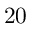
2 0